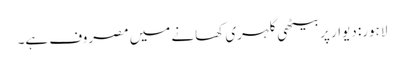
لاہور: دیوار پربیٹھی گلہری کھانے میں مصروف ہے۔